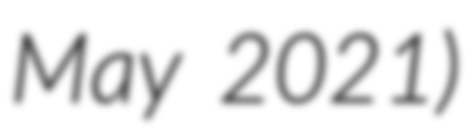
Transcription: May 2021)